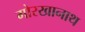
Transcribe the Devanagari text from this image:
गोरखानाथ